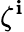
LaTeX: \zeta^{\mathbf{i}}